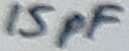
Text: 15pF